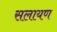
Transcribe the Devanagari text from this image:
सलायण